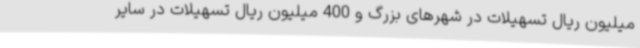
میلیون ریال تسهیلات در شهرهای بزرگ و 400 میلیون ریال تسهیلات در سایر